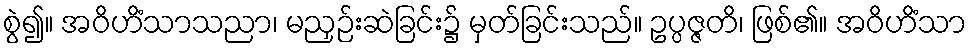
စွဲ၍။ အဝိဟိံသာသညာ၊ မညှဉ်းဆဲခြင်း၌ မှတ်ခြင်းသည်။ ဥပ္ပဇ္ဇတိ၊ ဖြစ်၏။ အဝိဟိံသာ